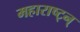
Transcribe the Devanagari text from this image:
महाराष्ट्न्